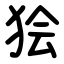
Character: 狯